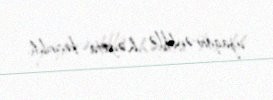
uzaqgörənliklə həyata keçirildi.